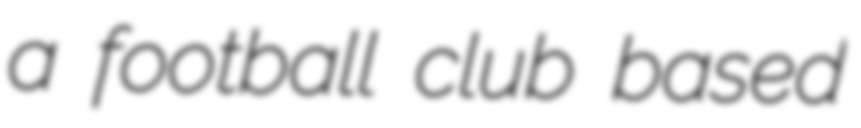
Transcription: a football club based